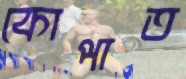
কোপাত